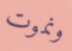
ونموت